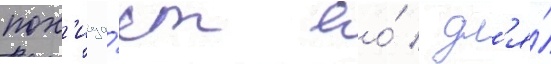
пох'ища́ет ео́ / дл'я́